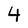
Character: 4